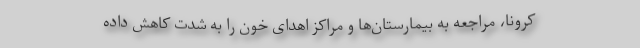
کرونا، مراجعه به بیمارستان‌ها و مراکز اهدای خون را به شدت کاهش داده